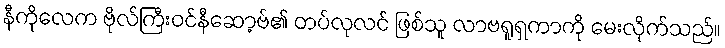
နီကိုလေက ဗိုလ်ကြီးဝင်နီဆော့ဗ်၏ တပ်လုလင် ဖြစ်သူ လာဗရူရှကာကို မေးလိုက်သည်။